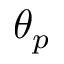
\theta _ { p }